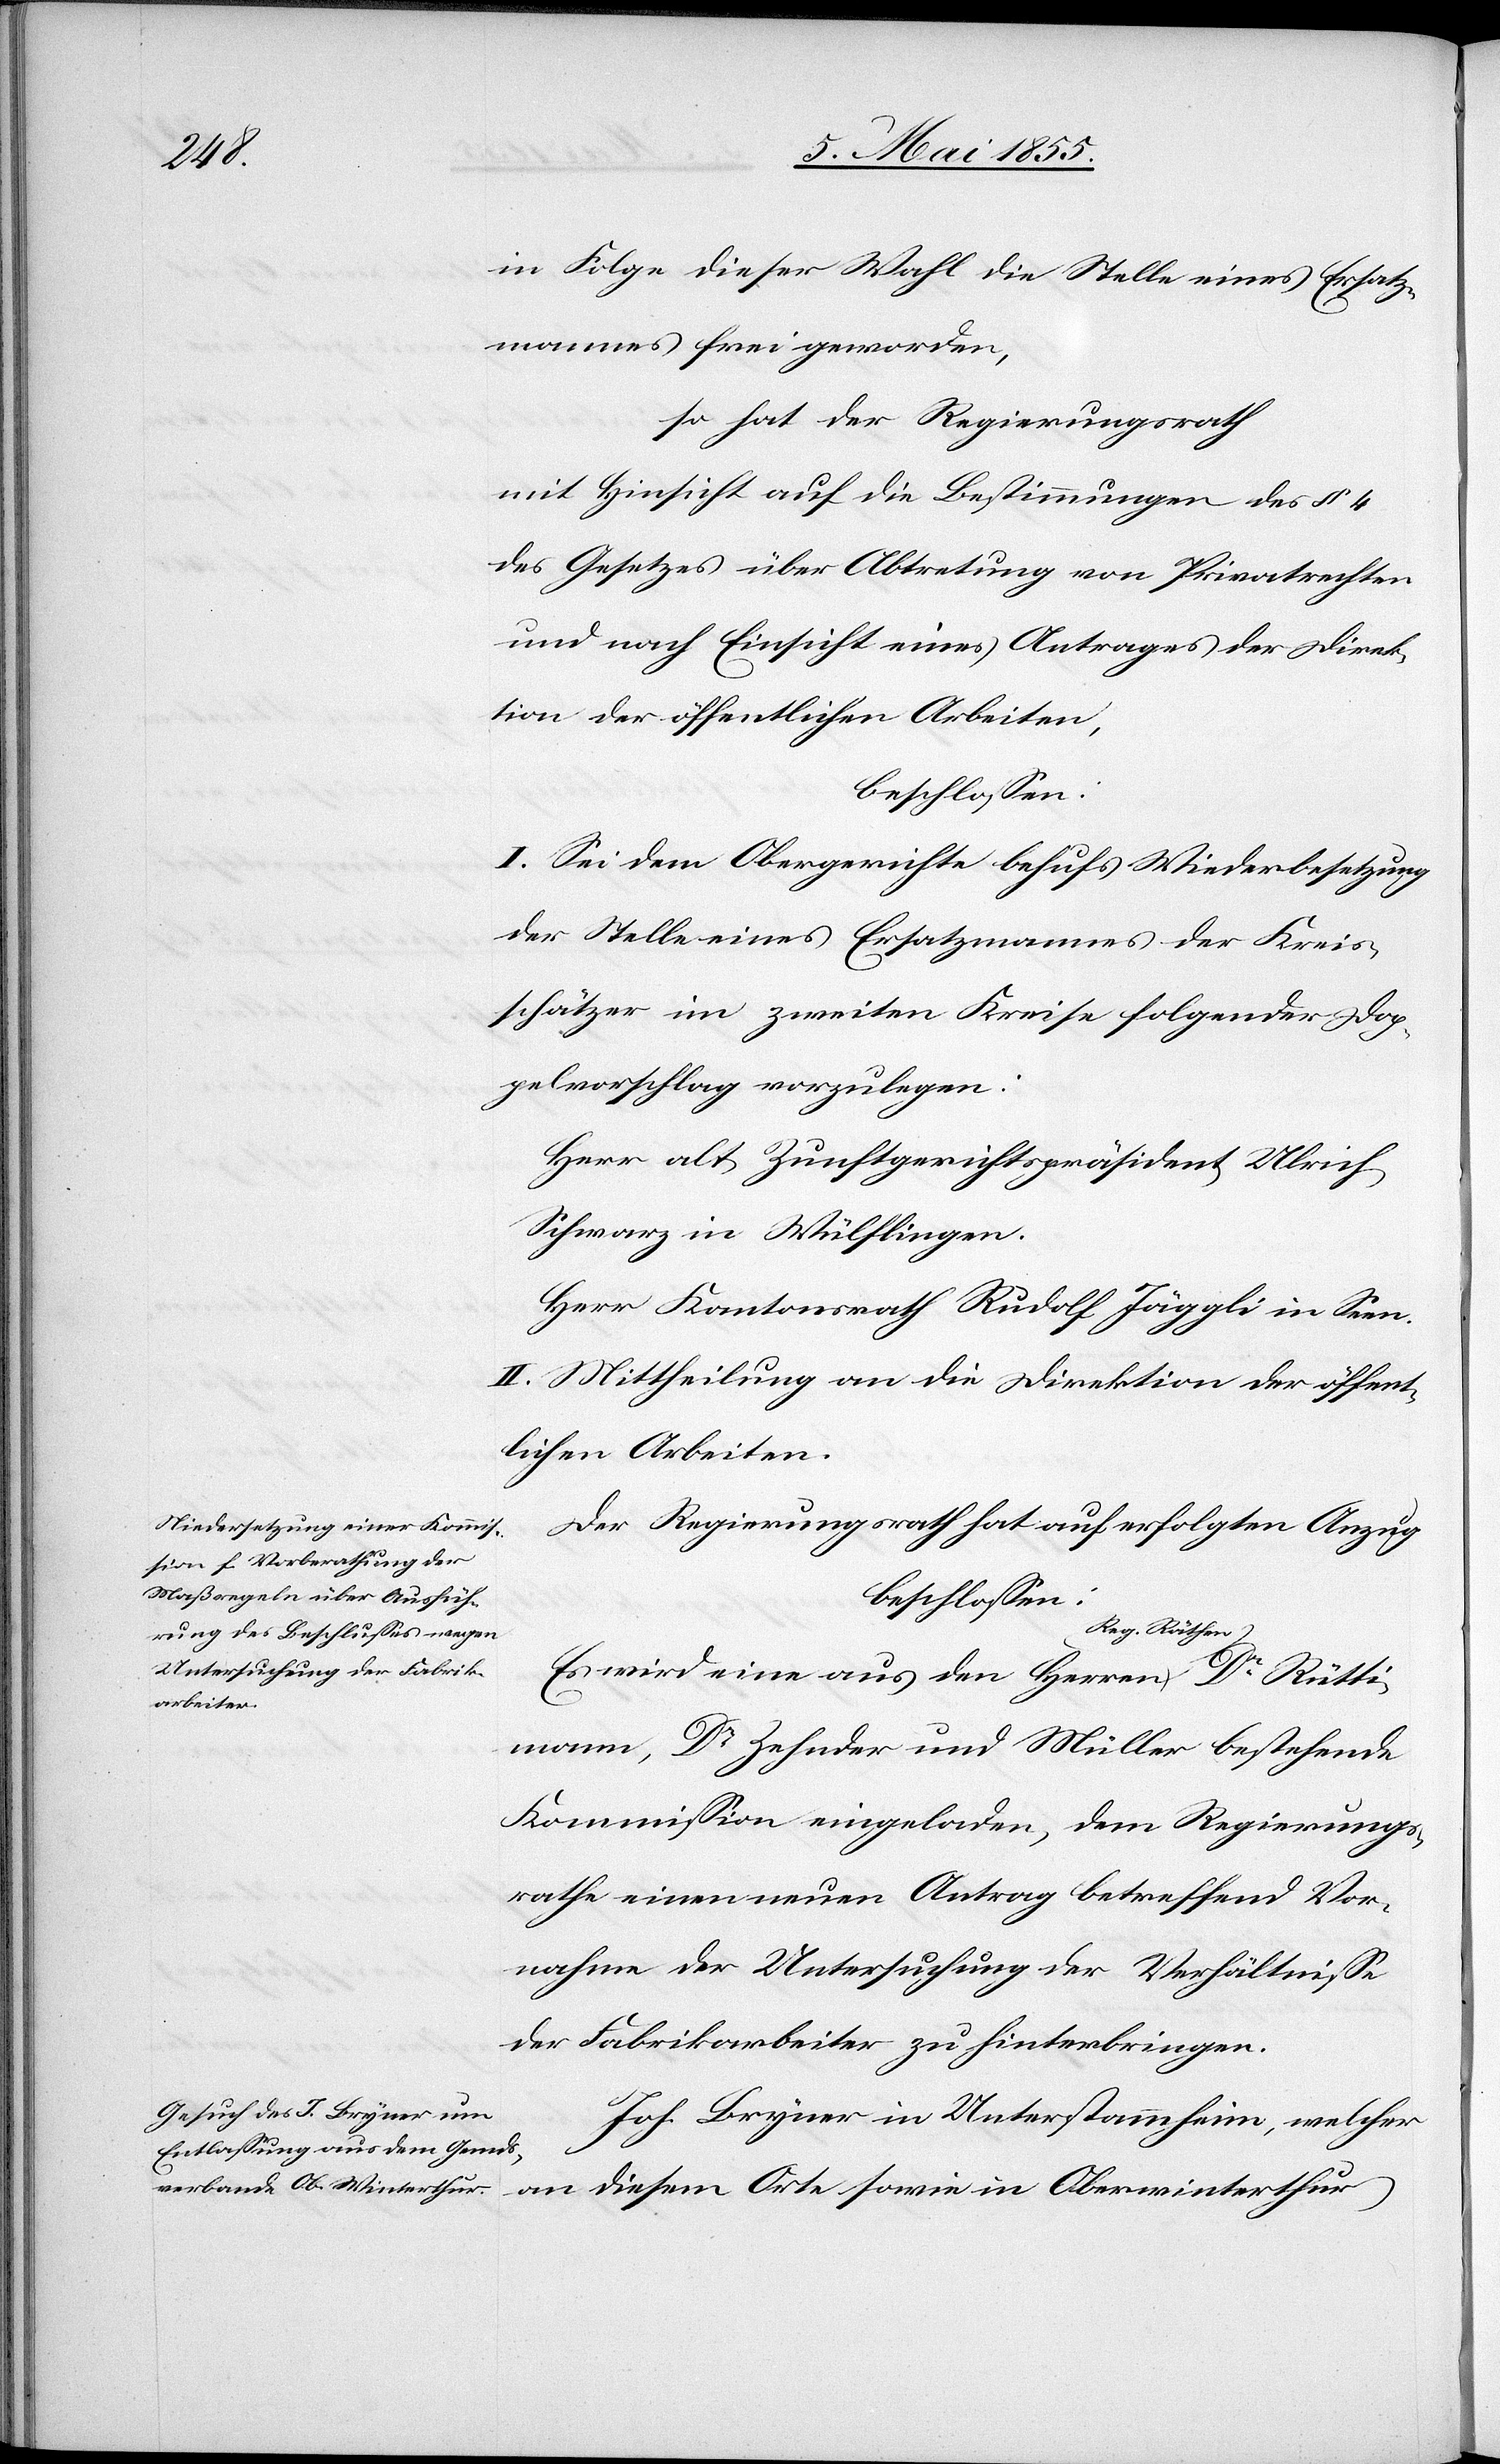
Orte

in Folge dieser Wahl die Stelle eines Ersatz¬
mannes frei geworden,
so hat der Regierungsrath
mit Hinsicht auf die Bestimmungen des § 4
des Gesetzes über Abtretung von Privatrechten
und nach Einsicht eines Antrages der Direk¬
tion der öffentlichen Arbeiten,
beschlossen:
I. Sei dem Obergerichte behufs Wiederbesetzung
der Stelle eines Ersatzmannes der Kreis¬
schätzer im zweiten Kreise folgender Dop¬
pelvorschlag vorzulegen:
Herr alt Zunftgerichtspräsident Ulrich
Schwarz in Wülflingen.
Herr Kantonsrath Rudolf Jäggli in Seen.
II. Mittheilung an die Direktion der öffent¬
lichen Arbeiten.
Der Regierungsrath hat auf erfolgten Anzug
beschlossen:
Es wird eine aus den Herren Reg. Räthe¬
mann, Dr Zehnder und Müller bestehende
Kommission eingeladen, dem Regierungs¬
rathe einen neuen Antrag betreffend Vor¬
nahme der Untersuchung der Verhältnisse
der Fabrikarbeiter zu hinterbringen.
Joh. Bryner in Unterstammheim, welcher